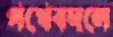
পথেবদলে